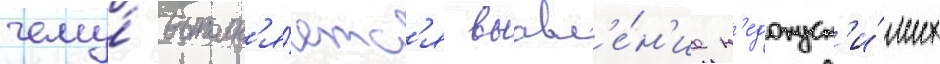
чему́ выполн'я́етс'я выавл'е́н'ие н'едопуст'и́мых